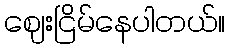
ဈေးငြိမ်နေပါတယ်။